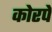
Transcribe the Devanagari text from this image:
कोरपे